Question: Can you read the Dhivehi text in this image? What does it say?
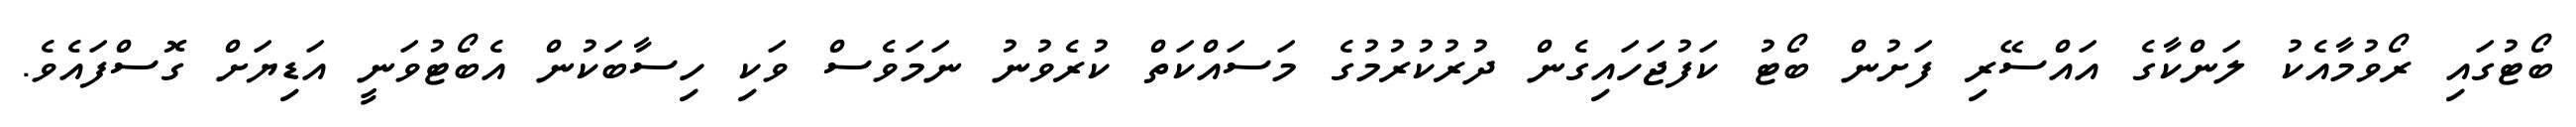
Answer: ބޯޓުގައި ރޯވުމާއެކު ލަންކާގެ އައްސޭރި ފަށުން ބޯޓު ކަފުޖަހައިގެން ދުރުކުރުމުގެ މަސައްކަތް ކުރެވުނު ނަމަވެސް ވަކި ހިސާބަކުން އެބޯޓުވަނީ އަޑިޔަށް ގޮސްފައެވެ.